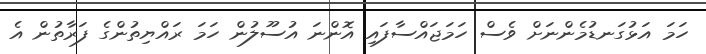
ހަމަ އަޅުގަނޑުމެންނަށް ވެސް ހަމަޖައްސާފައި އޮންނަ އުސޫލުން ހަމަ ރައްޔިތުންގެ ފަރާތުން އެ